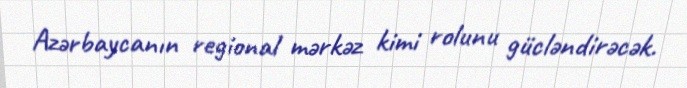
Azərbaycanın regional mərkəz kimi rolunu gücləndirəcək.